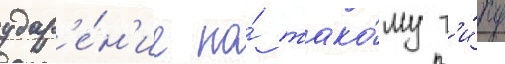
удар'е́н'ие по́ тако́му т'и́пу